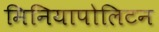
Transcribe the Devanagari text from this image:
मिनियापोलिटन